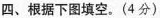
四、根据下图填空。(4分)